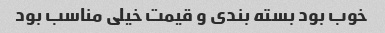
خوب بود بسته بندی و قیمت خیلی مناسب بود